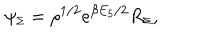
LaTeX: \psi _ { \scriptscriptstyle \Sigma } = \rho ^ { 1 / 2 } e ^ { \beta E _ { 5 } / 2 } R _ { \scriptscriptstyle \Sigma } ,